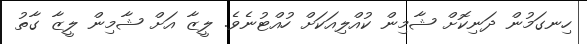
ހިނގަމުން ދަނިކޮށް ޝާމިން ކުއްލިއަކަށް ހުއްޓުނެވެ. ލީޒާ އަށް ޝާމިން ލީޒާ ގާތު